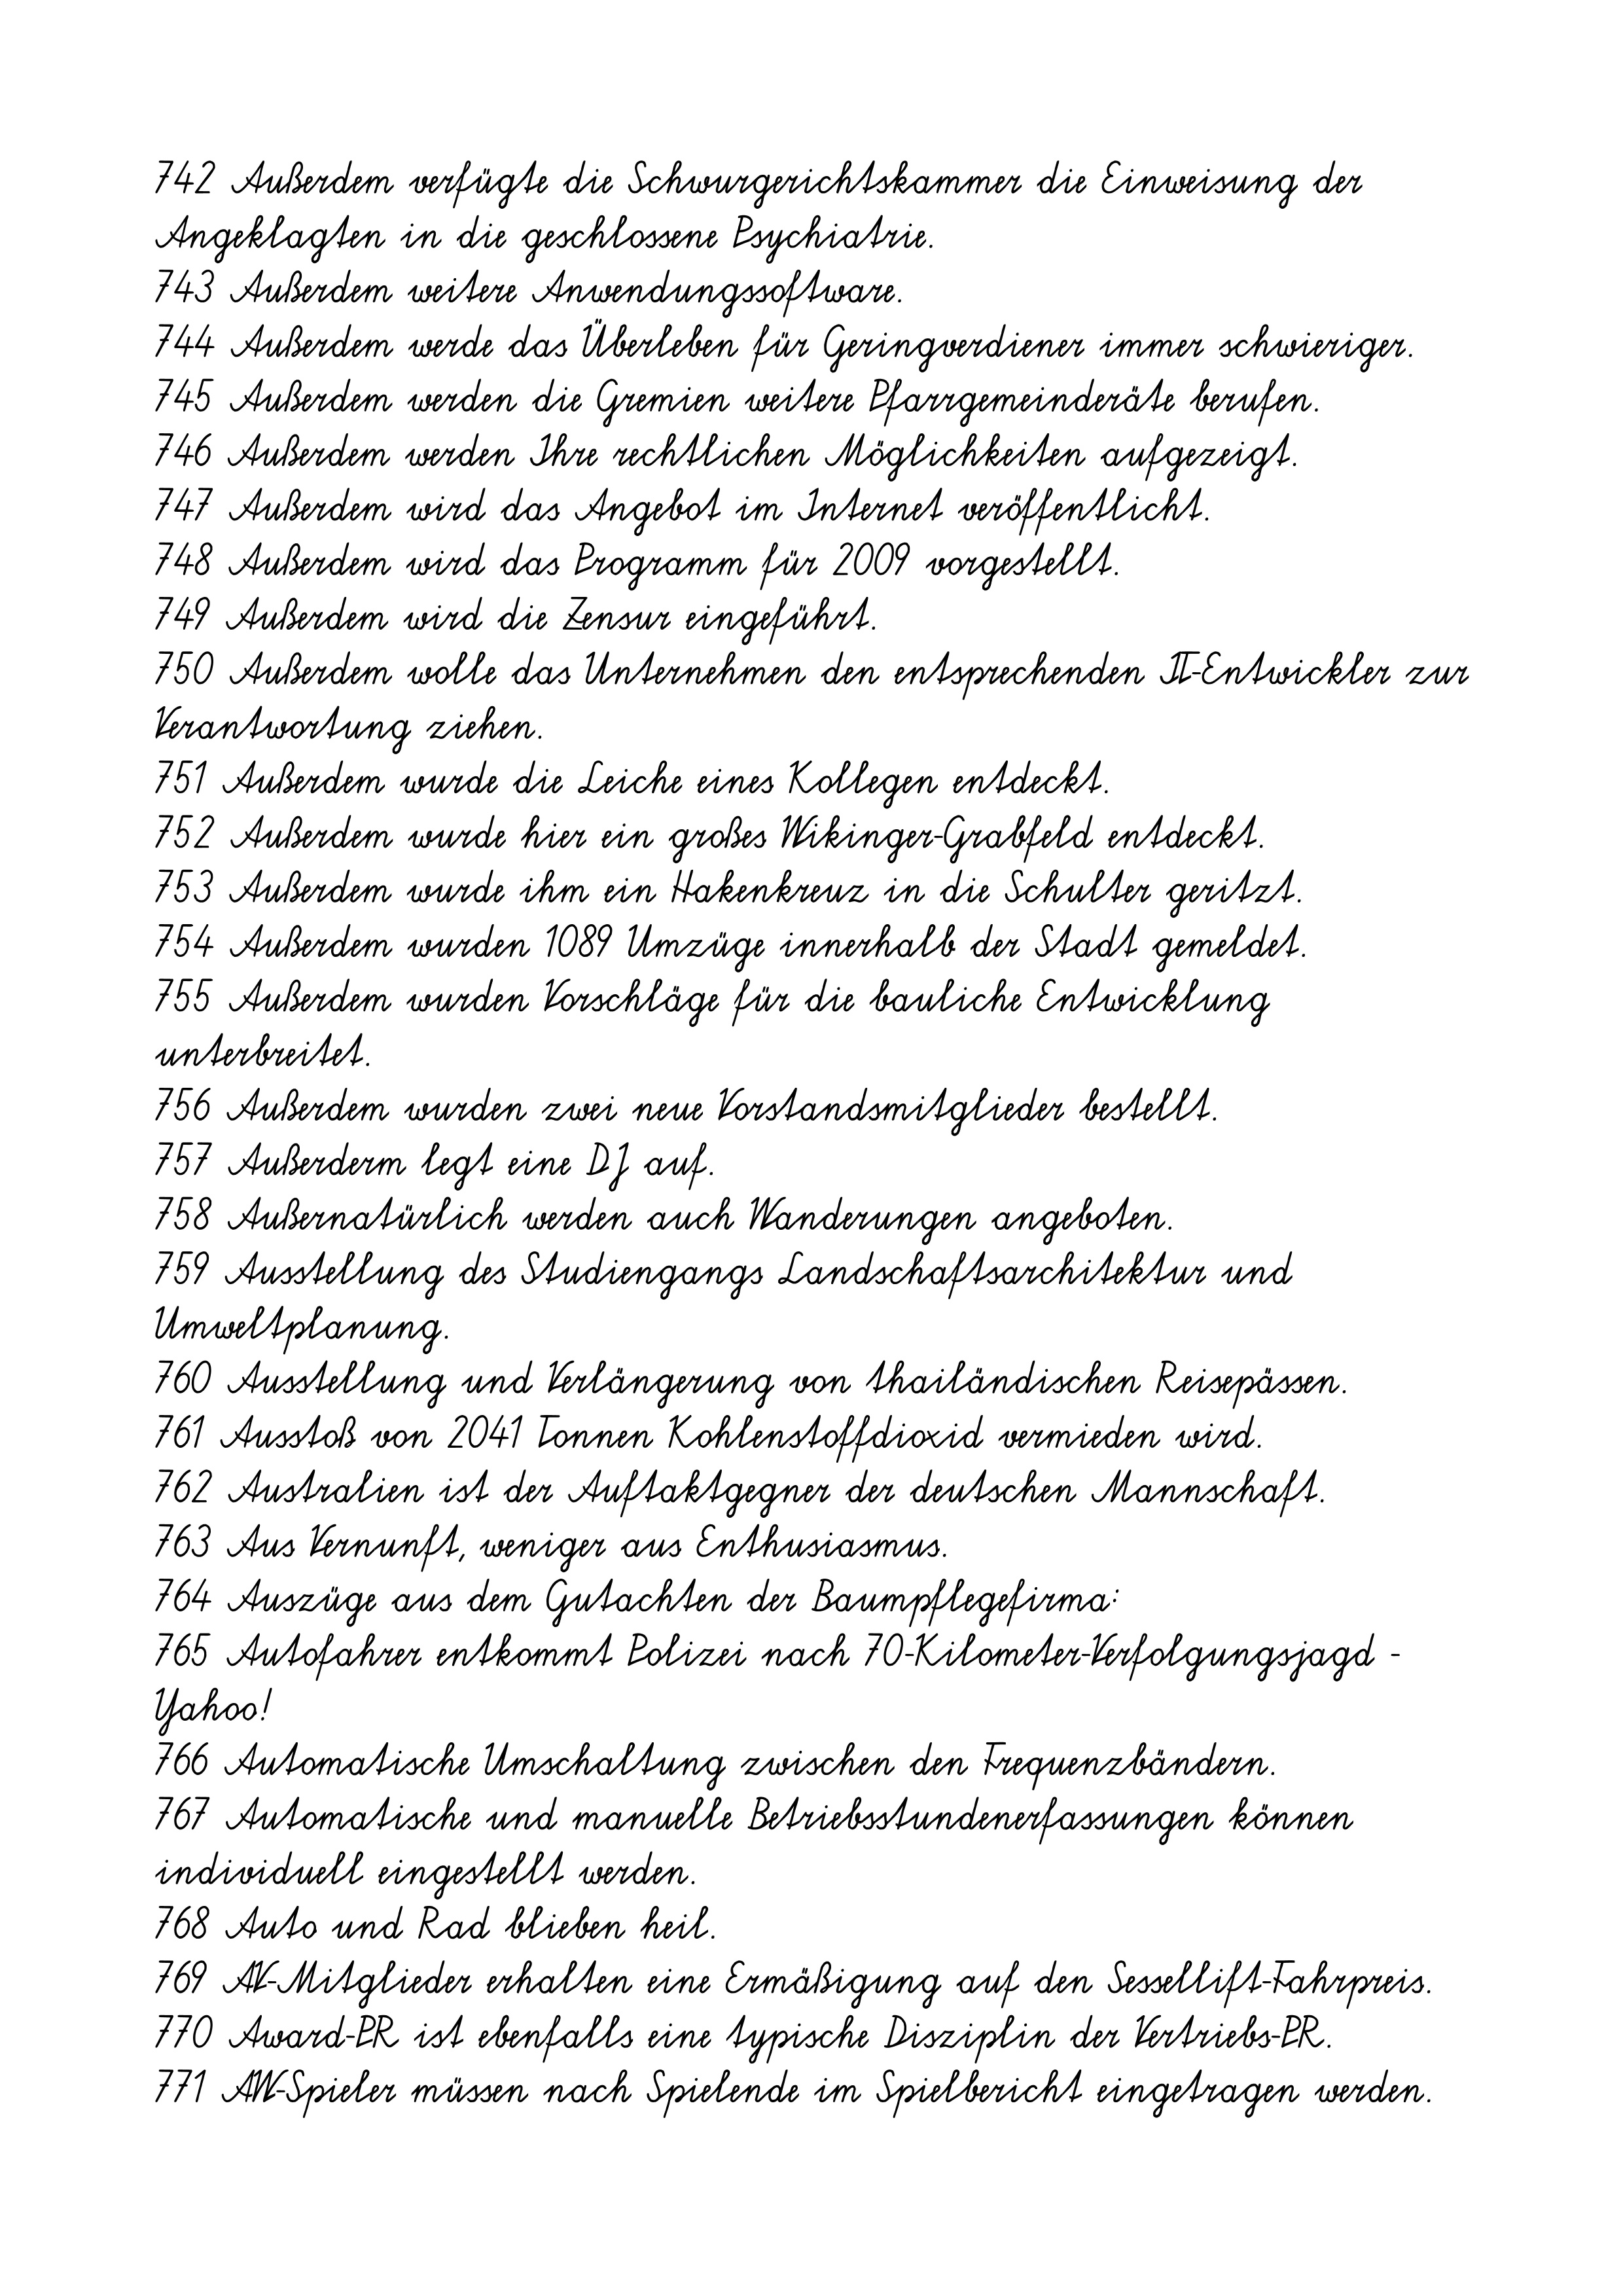
742 Außerdem verfügte die Schwurgerichtskammer die Einweisung der
Angeklagten in die geschlossene Psychiatrie.
743 Außerdem weitere Anwendungssoftware.
744 Außerdem werde das Überleben für Geringverdiener immer schwieriger.
745 Außerdem werden die Gremien weitere Pfarrgemeinderäte berufen.
746 Außerdem werden Ihre rechtlichen Möglichkeiten aufgezeigt.
747 Außerdem wird das Angebot im Internet veröffentlicht.
748 Außerdem wird das Programm für 2009 vorgestellt.
749 Außerdem wird die Zensur eingeführt.
750 Außerdem wolle das Unternehmen den entsprechenden IT-Entwickler zur
Verantwortung ziehen.
751 Außerdem wurde die Leiche eines Kollegen entdeckt.
752 Außerdem wurde hier ein großes Wikinger-Grabfeld entdeckt.
753 Außerdem wurde ihm ein Hakenkreuz in die Schulter geritzt.
754 Außerdem wurden 1089 Umzüge innerhalb der Stadt gemeldet.
755 Außerdem wurden Vorschläge für die bauliche Entwicklung
unterbreitet.
756 Außerdem wurden zwei neue Vorstandsmitglieder bestellt.
757 Außerderm legt eine DJ auf.
758 Außernatürlich werden auch Wanderungen angeboten.
759 Ausstellung des Studiengangs Landschaftsarchitektur und
Umweltplanung.
760 Ausstellung und Verlängerung von thailändischen Reisepässen.
761 Ausstoß von 2041 Tonnen Kohlenstoffdioxid vermieden wird.
762 Australien ist der Auftaktgegner der deutschen Mannschaft.
763 Aus Vernunft, weniger aus Enthusiasmus.
764 Auszüge aus dem Gutachten der Baumpflegefirma:
765 Autofahrer entkommt Polizei nach 70-Kilometer-Verfolgungsjagd -
Yahoo!
766 Automatische Umschaltung zwischen den Frequenzbändern.
767 Automatische und manuelle Betriebsstundenerfassungen können
individuell eingestellt werden.
768 Auto und Rad blieben heil.
769 AV-Mitglieder erhalten eine Ermäßigung auf den Sessellift-Fahrpreis.
770 Award-PR ist ebenfalls eine typische Disziplin der Vertriebs-PR.
771 AW-Spieler müssen nach Spielende im Spielbericht eingetragen werden.